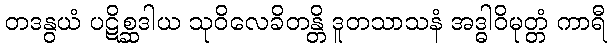
တဒနွယံ ပဋိစ္ဆဒါယ သုဝိလေခိတန္တိ ဒူတသာသနံ အဒ္ဓါဝိမုတ္တံ ကာရီ